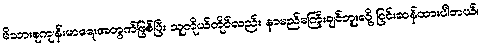
မိသားစုကျန်းမာရေးအတွက်ဖြစ်ပြီး သူကိုယ်တိုင်လည်း နာမည်မကြီးချင်ဘူးလို့ ငြင်းဆန်ထားပါတယ်။